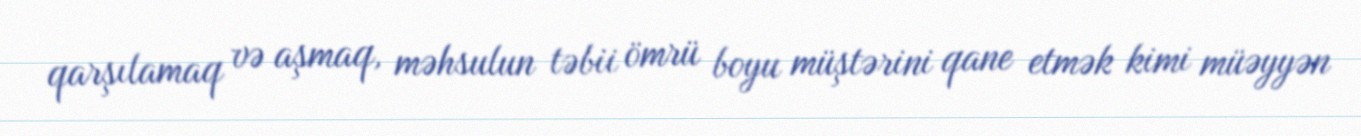
qarşılamaq və aşmaq, məhsulun təbii ömrü boyu müştərini qane etmək kimi müəyyən